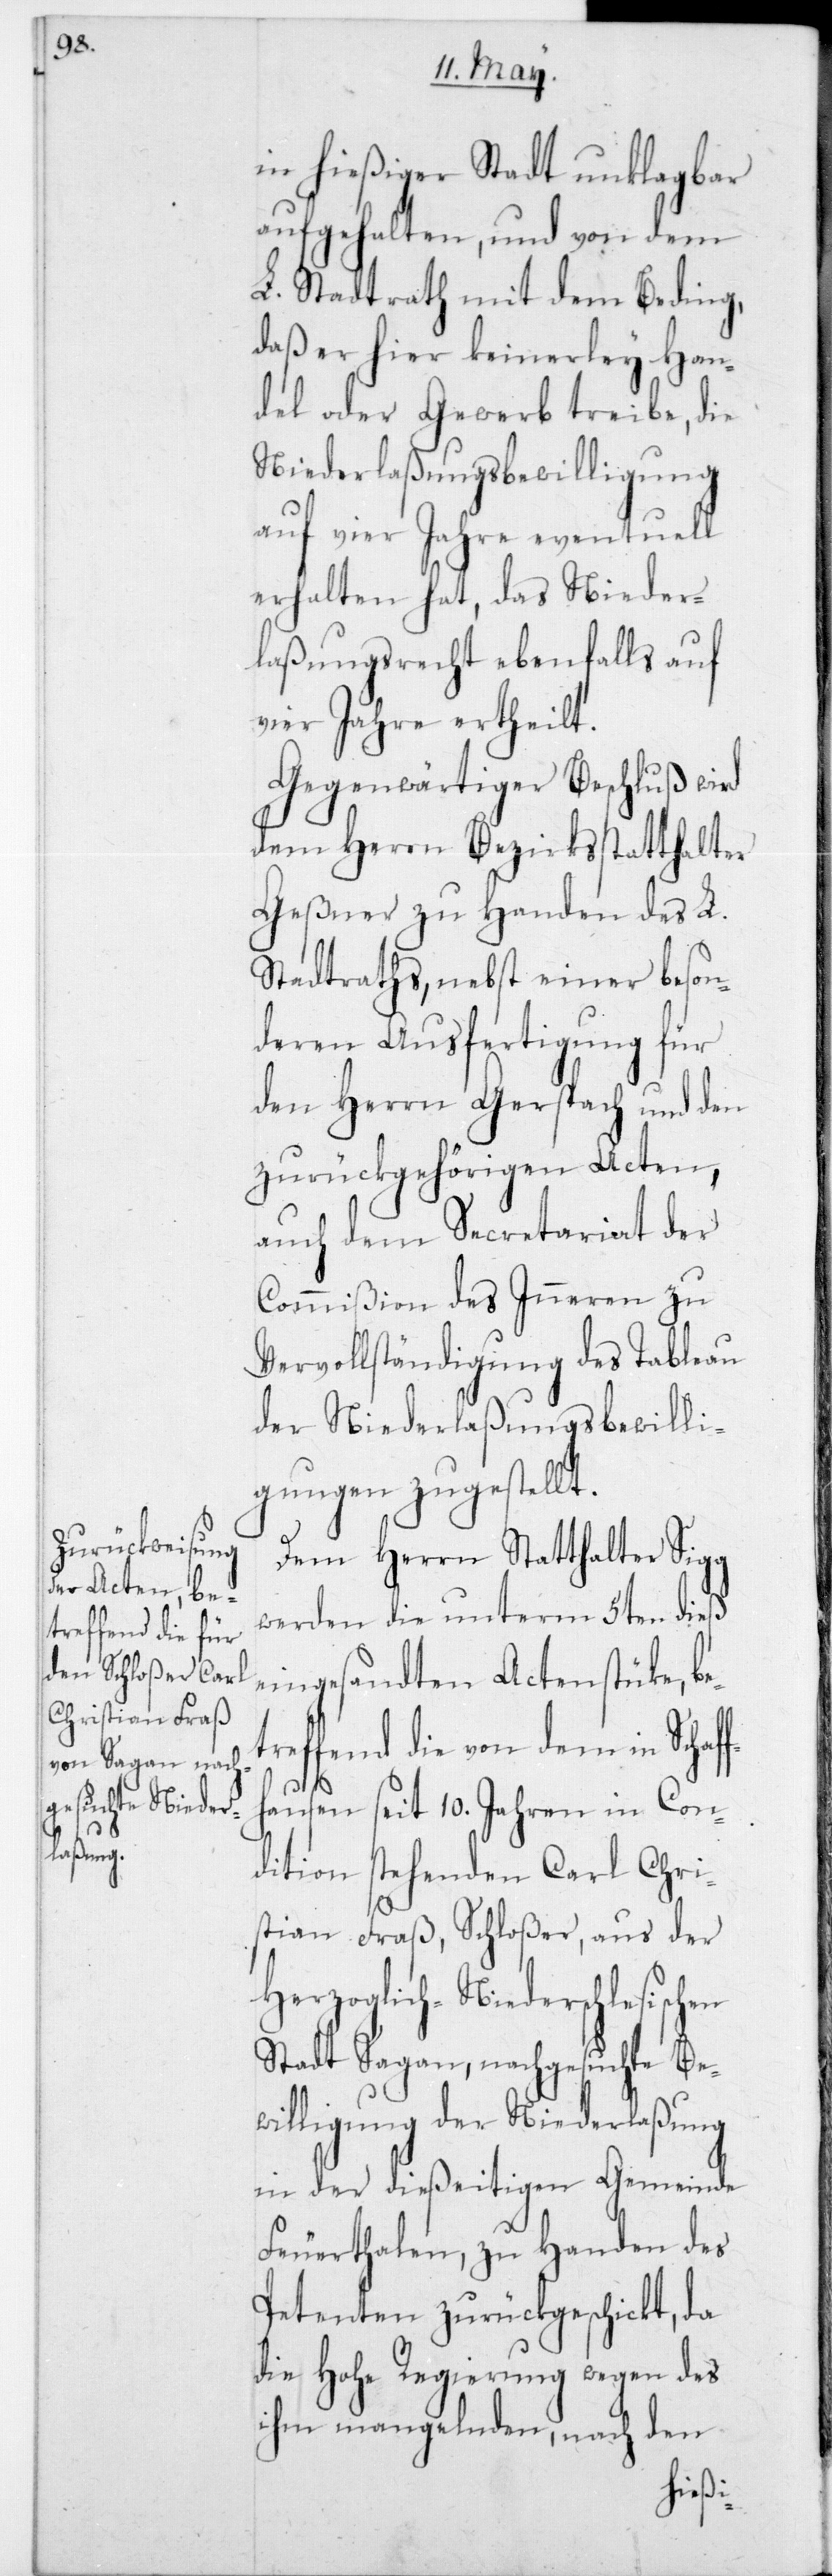
in hießiger Stadt unklagbar
aufgehalten, und von dem
L. Stadtrath mit dem Beding,
daß er hier keinerley Han¬
del oder Gewerb treibe, die
Niederlaßungsbewilligung
auf vier Jahre eventuell
erhalten hat, das Nieder¬
laßungsrecht ebenfalls auf
vier Jahre ertheilt.
Gegenwärtiger Beschluß wird
dem Herrn Bezirksstatthalter
Geßner zu Handen des L.
Stadtraths, nebst einer beson¬
deren Ausfertigung für
den Herrn Gerspach und den
zurückgehörigen Acten,
auch dem Secretariat der
Commißion des Inneren zu
Vervollständigung des Tableau
der Niederlaßungsbewilli¬
gungen zugestellt.
Dem Herrn Statthalter Sigg
werden die unterm 5ten dieß
eingesandten Actenstüke, be¬
treffend die von dem in Schaf¬
fh¬
ausen seit 10 Jahren in Con¬
dition stehenden Carl Chri¬
stian Fraß, Schloßer, aus der
Herzoglich-Niederschlesischen
Stadt Sagan, nachgesuchte Bew¬
illigung der Niederlaßung
in der dießeitigen Gemeinde
Feuerthalen, zu Handen des
Petenten zurückgeschickt, da
die Hohe Regierung wegen des
ihm mangelnden, nach den